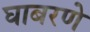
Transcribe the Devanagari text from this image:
घाबरणे